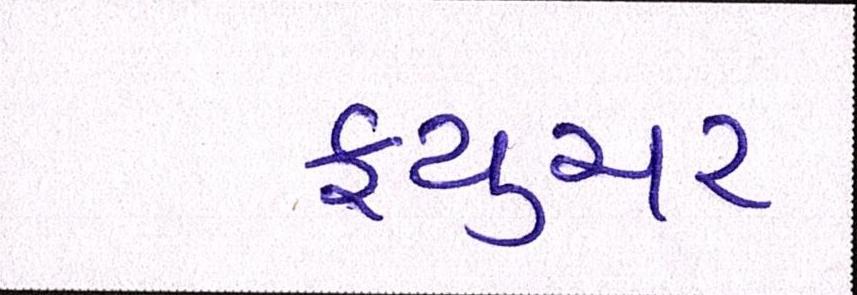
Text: ફ્યુચર